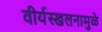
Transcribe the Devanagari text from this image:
वीर्यस्खलनामुळे